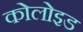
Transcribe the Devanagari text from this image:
कोलोइड